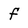
Character: f